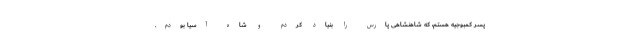
پسر کمبوجیه هستم، که شاهنشاهی پارس را بنیاد کردم و شاه آسیا بودم.